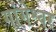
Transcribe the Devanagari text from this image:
गांगेश्वर